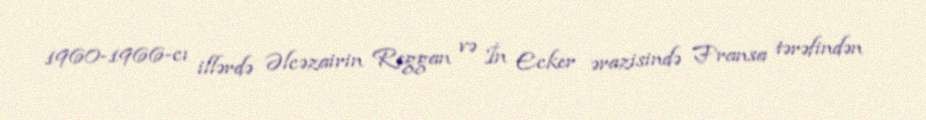
1960-1966-cı illərdə Əlcəzairin Reggan və İn Ecker ərazisində Fransa tərəfindən